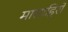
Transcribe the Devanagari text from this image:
मासाहिरो